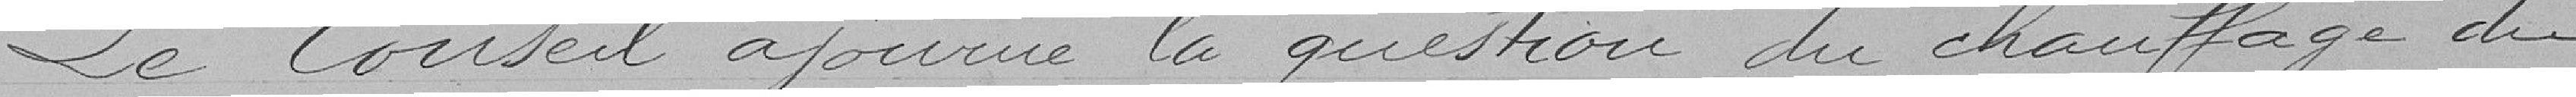
Le Conseil ajourne la question du chauffage du